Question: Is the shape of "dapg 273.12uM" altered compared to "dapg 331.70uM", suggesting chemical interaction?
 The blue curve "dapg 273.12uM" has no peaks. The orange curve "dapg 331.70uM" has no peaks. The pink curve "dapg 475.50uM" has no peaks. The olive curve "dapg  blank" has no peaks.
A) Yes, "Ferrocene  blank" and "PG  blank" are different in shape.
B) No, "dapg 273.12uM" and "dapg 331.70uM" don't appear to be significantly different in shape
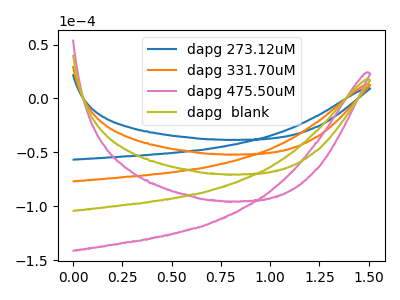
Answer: <think>Neither "dapg 273.12uM" or "dapg 331.70uM" have any peaks.
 </think>
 <answer>B) No, "dapg 273.12uM" and "dapg 331.70uM" don't appear to be significantly different in shape</answer>
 <eval>B</eval>